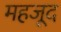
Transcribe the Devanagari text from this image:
महजूद